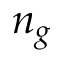
n _ { g }